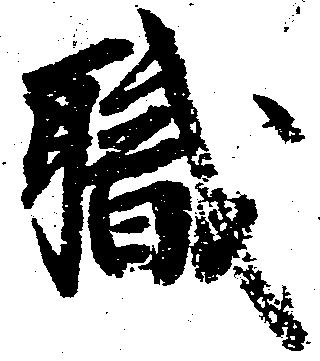
職